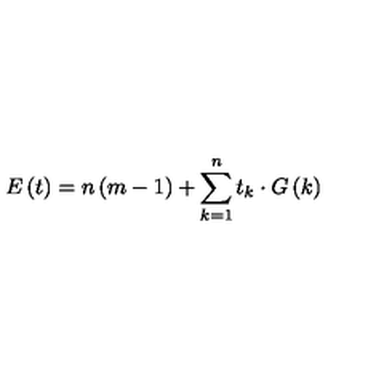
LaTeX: E \left( t \right) = n \left( m - 1 \right) + \sum _ { k = 1 } ^ { n } t _ { k } \cdot G \left( k \right)